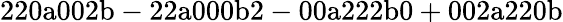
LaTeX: \mathrm{220a002b-22a000b2-00a222b0+002a220b}